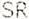
SR